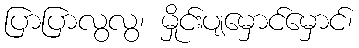
ပြာပြာလွလွ၊ မှိုင်းပျမှောင်မှောင်၊